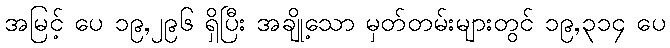
အမြင့် ပေ ၁၉,၂၉၆ ရှိပြီး အချို့သော မှတ်တမ်းများတွင် ၁၉,၃၁၄ ပေ